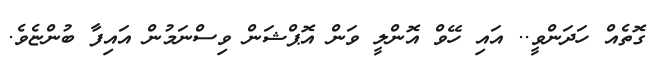
ގޮތެއް ހަދަންވީ.. އައި ހޭވް އޮންލީ ވަން އޮޕްޝަން ވިސްނަމުން އައިފާ ބުންޏެވެ.